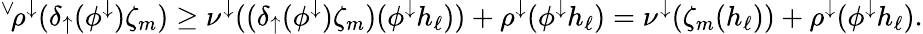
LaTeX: ^{\vee}\! \rho^{\downarrow}(\delta_{\uparrow}(\phi^{\downarrow})\zeta_{m})\geq\nu^{\downarrow}((\delta_{\uparrow}(\phi^{\downarrow})\zeta_{m})(\phi^{\downarrow}h_{\ell}))+\rho^{\downarrow}(\phi^{\downarrow}h_{\ell})=\nu^{\downarrow}(\zeta_{m}(h_{\ell}))+\rho^{\downarrow}(\phi^{\downarrow}h_{\ell}).